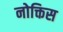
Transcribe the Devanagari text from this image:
नोक्तिस